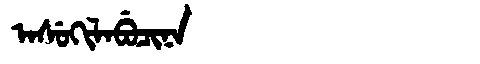
Manchu: ᠠᠰᡠᡴᡳᠯᠠᠪᡠᠴᡳᠨᠠ
Romanization: ASUKILABUCINA